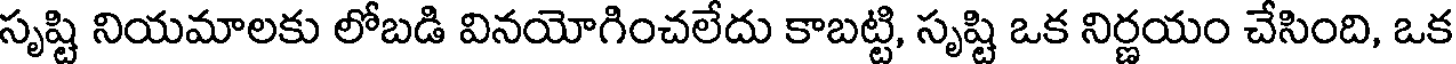
సృష్టి నియమాలకు లోబడి వినయోగించలేదు కాబట్టి, సృష్టి ఒక నిర్ణయం చేసింది, ఒక